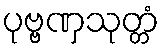
ပုဗ္ဗဏှသုတ္တံ